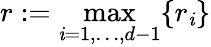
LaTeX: r:=\operatorname*{max}_{\mathit{i}=1,\ldots,d-1}\{ r_{\mathit{i}}\}